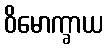
ဝိမောက္ခာယ